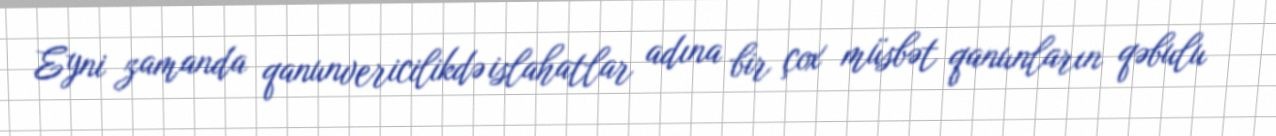
Eyni zamanda qanunvericilikdə islahatlar adına bir çox müsbət qanunların qəbulu